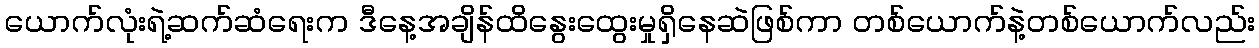
ယောက်လုံးရဲ့ဆက်ဆံရေးက ဒီနေ့အချိန်ထိနွေးထွေးမှုရှိနေဆဲဖြစ်ကာ တစ်ယောက်နဲ့တစ်ယောက်လည်း